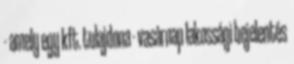
- amely egy kft. tulajdona - vasárnap lakossági bejelentés